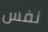
نفس